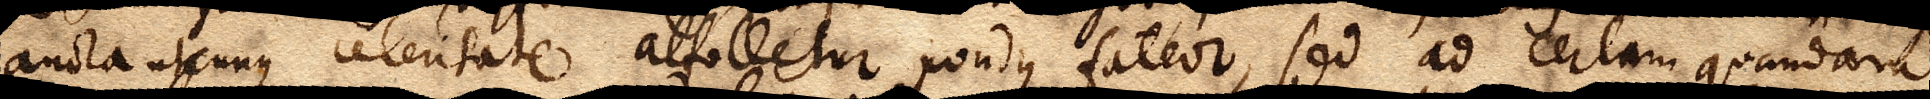
aucta utcunque celeritate attolletur pondus fateor, sed ad certam quandam